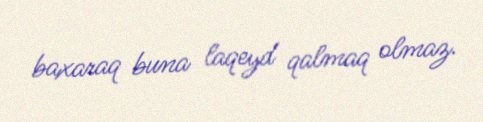
baxaraq buna laqeyd qalmaq olmaz.